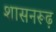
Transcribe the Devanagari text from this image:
शासनरूढ़